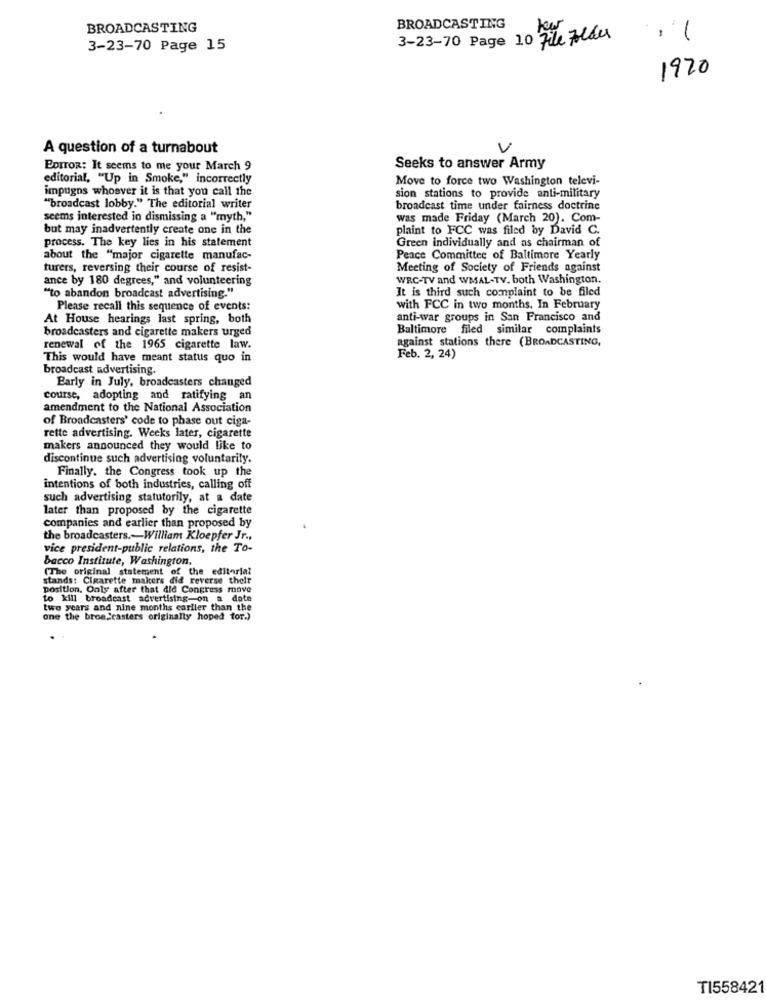
BROADCASTING
BROADCASTING
-
3-23-70 Page 10 File Folder
3-23-70 Page 15
1920
A question of a turnabout
y
EDITOR: It seems to me your March 9
Seeks to answer Army
editorial, "Up in Smoke," incorrectly
Move to force two Washington televi-
impugns whoever it is that you call the
sion stations to provide anti-military
"broadcast lobby." The editorial writer
broadcast time under fairness doctrine
seems interested in dismissing a "myth,"
was made Friday (March 20). Com-
but may inadvertently create one in the
plaint to FCC was filed by David C.
process. The key lies in his statement
Green individually and as chairman of
about the "major cigarette manufac-
Peace Committee of Baltimore Yearly
turers, reversing their course of resist-
Meeting of Society of Friends against
ance by 180 degrees," and volunteering
WRC-TV and WMAL-TV. both Washington.
It is third such complaint to be filed
""to abandon broadcast advertising."
Please recall this sequence of events:
with FCC in two months. In February
At House hearings last spring, both
anti-war groups in San Francisco and
broadcasters and cigarette makers urged
Baltimore filed similar complaints
against stations there (BROADCASTING,
renewal of the 1965 cigarette law.
This would have meant status quo in
Feb. 2, 24)
broadcast advertising.
Early in July, broadcasters changed
course, adopting and ratifying an
amendment to the National Association
of Broadcasters' code to phase out ciga-
rette advertising. Weeks later, cigarette
makers announced they would like to
discontinue such advertising voluntarily.
Finally. the Congress took up the
intentions of both industries, calling off
such advertising statutorily, at a date
later than proposed by the cigarette
companies and earlier than proposed by
the broadcasters .- William Kloepfer Jr .,
vice president-public relations, the To-
bacco Institute, Washington.
(The original statement of the editorial
stands: Cigarette makers did reverse their
position. Only after that did Congress move
to kill broadcast advertising-on a date
two years and nine months earlier than the
one the broadcasters originally hoped for.)
TI558421